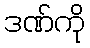
ဒဏ်ကို